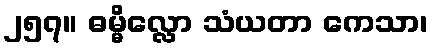
၂၅၇။ ဓမ္မိလ္လော သံယတာ ကေသာ၊